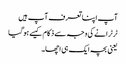
آپ اپنا تعرف آپ ہیں
ٹرٹرانے کی وجہ سے ذکام کیسے ہو گیا
یعنی بچہ ایک ہی اچھا۔